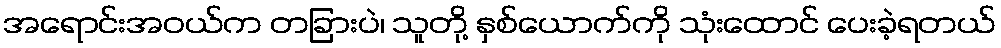
အရောင်းအဝယ်က တခြားပဲ၊ သူတို့ နှစ်ယောက်ကို သုံးထောင် ပေးခဲ့ရတယ်